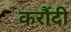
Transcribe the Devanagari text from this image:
करौंदी